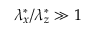
\lambda _ { x } ^ { \ast } / \lambda _ { z } ^ { \ast } \gg 1